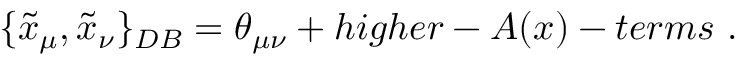
\{ \tilde { x } _ { \mu } , \tilde { x } _ { \nu } \} _ { D B } = \theta _ { \mu \nu } + h i g h e r - A ( x ) - t e r m s ~ .